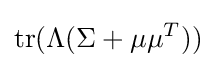
\operatorname {tr} (\Lambda (\Sigma +\mu \mu ^{T}))